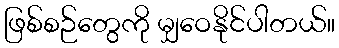
ဖြစ်စဉ်တွေကို မျှဝေနိုင်ပါတယ်။